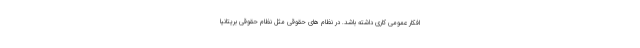
افکار عمومی کاری داشته باشد. در نظام های حقوقی مثل نظام حقوقی بریتانیا